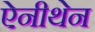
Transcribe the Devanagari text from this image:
ऐनीथेन